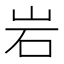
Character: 岩